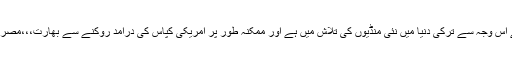
حالیہ برس میںامریکی صدر ڈونلڈ ٹرمپ نے جس حالیہ ٹیرف کا اعلان کیا ہے وہ ترکی کو منظور نہیں ہے اس وجہ سے ترکی دنیا میں نئی منڈیوں کی تلاش میں ہے اور ممکنہ طور پر امریکی کپاس کی درآمد روکنے سے بھارت،،،مصر،،،پاکستان،،ازبکستان اس کیلئے کپاس کی درآمد کیلئے نئی تجارتی منڈیوں کے روپ میں سامنے آئیں گے۔